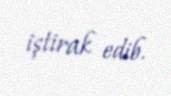
iştirak edib.